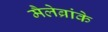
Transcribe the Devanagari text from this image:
मैलेब्रांके